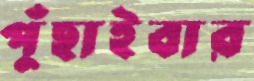
পুঁছাইবার